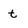
Character: t